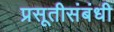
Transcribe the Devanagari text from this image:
प्रसूतीसंबंधी